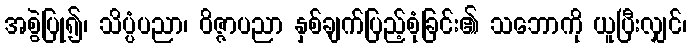
အစွဲပြု၍၊ သိပ္ပံပညာ၊ ဝိဇ္ဇာပညာ နှစ်ချက်ပြည့်စုံခြင်း၏ သဘောကို ယူပြီးလျှင်၊